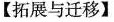
【拓展与迁移】